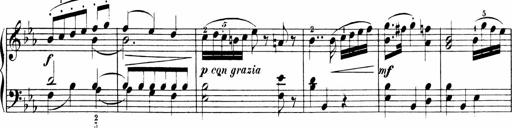
Title: 6 Sonatinas
Composer: Carl Reinecke